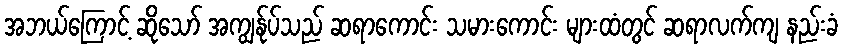
အဘယ်ကြောင့် ဆိုသော် အကျွန်ုပ်သည် ဆရာကောင်း သမားကောင်း များထံတွင် ဆရာလက်ကျ နည်းခံ